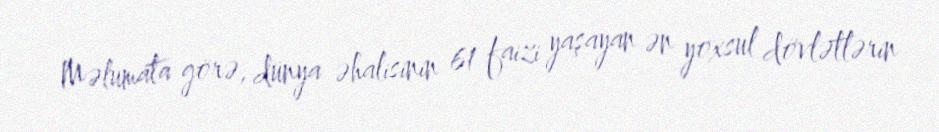
Məlumata görə, dünya əhalisinin 61 faizi yaşayan ən yoxsul dövlətlərin